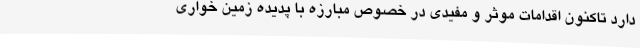
دارد تاکنون اقدامات موثر و مفیدی در خصوص مبارزه با پدیده زمین خواری